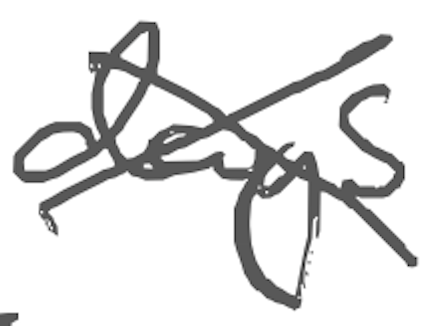
Text: days
Cross-out: cross
Writing tool: digital_gray